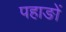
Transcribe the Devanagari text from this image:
पहाङों